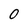
Character: 0